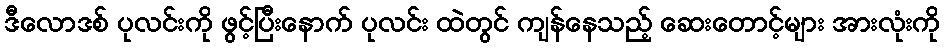
ဒီလောဒစ် ပုလင်းကို ဖွင့်ပြီးနောက် ပုလင်း ထဲတွင် ကျန်နေသည့် ဆေးတောင့်များ အားလုံးကို